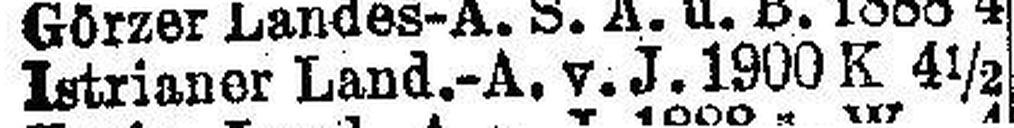
Istrianer Land.-A. v. J. 1900 K 4 ½